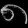
Digit: ၈